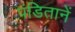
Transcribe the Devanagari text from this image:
पंडितानें